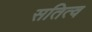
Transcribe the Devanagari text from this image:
सतित्व